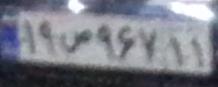
۱۹ص۹۶۷۱۱